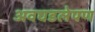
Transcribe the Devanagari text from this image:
अवघडलेपण